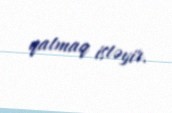
qatmaq istəyir.